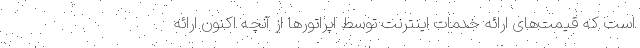
است که قیمت‌های ارائه خدمات اینترنت توسط اپراتورها از آنچه اکنون ارائه